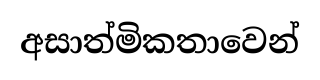
අසාත්මිකතාවෙන්